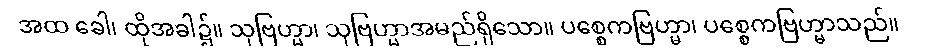
အထ ခေါ၊ ထိုအခါ၌။ သုဗြဟ္မာ၊ သုဗြဟ္မာအမည်ရှိသော။ ပစ္စေကဗြဟ္မာ၊ ပစ္စေကဗြဟ္မာသည်။